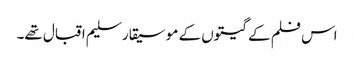
اس فلم کے گیتوں کے موسیقار سلیم اقبال تھے۔